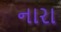
નારા